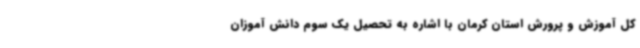
کل آموزش و پرورش استان کرمان با اشاره به تحصیل یک سوم دانش آموزان